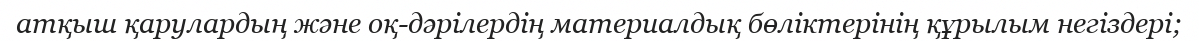
атқыш қарулардың және оқ-дәрілердің материалдық бөліктерінің құрылым негіздері;